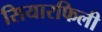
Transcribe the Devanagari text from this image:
सियारफिली